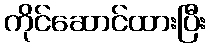
ကိုင်ဆောင်ထားပြီး